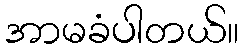
အာမခံပါတယ်။